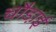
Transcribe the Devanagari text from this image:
चौडा़ई